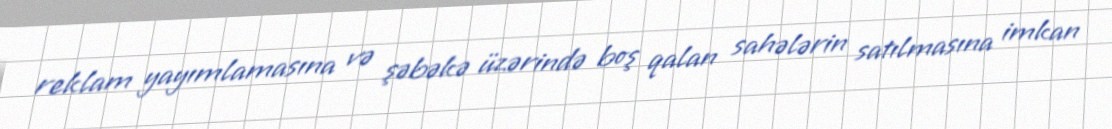
reklam yayımlamasına və şəbəkə üzərində boş qalan sahələrin satılmasına imkan